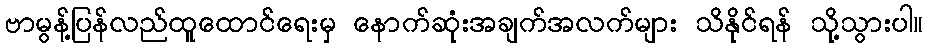
ဗာမွန့်ပြန်လည်ထူထောင်ရေးမှ နောက်ဆုံးအချက်အလက်များ သိနိုင်ရန် သို့သွားပါ။